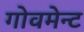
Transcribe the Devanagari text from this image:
गोवमेन्ट